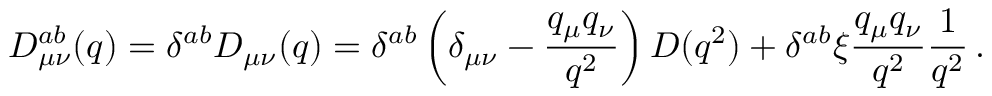
D _ { \mu \nu } ^ { a b } ( q ) = \delta ^ { a b } D _ { \mu \nu } ( q ) = \delta ^ { a b } \left( \delta _ { \mu \nu } - \frac { q _ { \mu } q _ { \nu } } { q ^ { 2 } } \right) D ( q ^ { 2 } ) + \delta ^ { a b } \xi \frac { q _ { \mu } q _ { \nu } } { q ^ { 2 } } \frac { 1 } { q ^ { 2 } } \, .